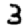
Digit: 3